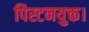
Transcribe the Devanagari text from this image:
पिस्टनयुक्त।